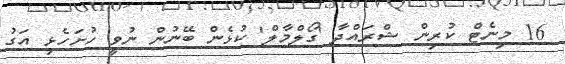
16 މިނެޓް ކުރިން ޝްރައްދާ 'ގޯލްމާލް' ކުޅެން ބޭނުން ނުވީ ހުށަހެޅި އަގު